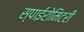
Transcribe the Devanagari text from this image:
स्पाईरोमिटरी